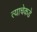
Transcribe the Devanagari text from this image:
त्याचेकडे